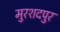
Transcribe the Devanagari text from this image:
मुरशदपुर